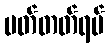
မတ်တတ်ရပ်